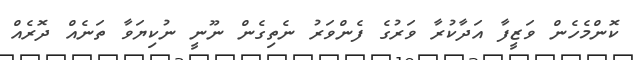
ކޮންމެހެން ވަޒީފާ އަދާކުރާ ވަރުގެ ފެންވަރު ނެތިގެން ނޫނީ ނުކިޔަވާ ތަނެއް ދޮރެއް